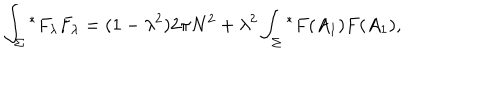
LaTeX: \int _ { \Sigma } { ^ \ast F _ { \lambda } } F _ { \lambda } = ( 1 - { \lambda } ^ { 2 } ) 2 \pi N ^ { 2 } + { \lambda } ^ { 2 } \int _ { \Sigma } { ^ \ast F ( A _ { 1 } ) F ( A _ { 1 } ) } ,